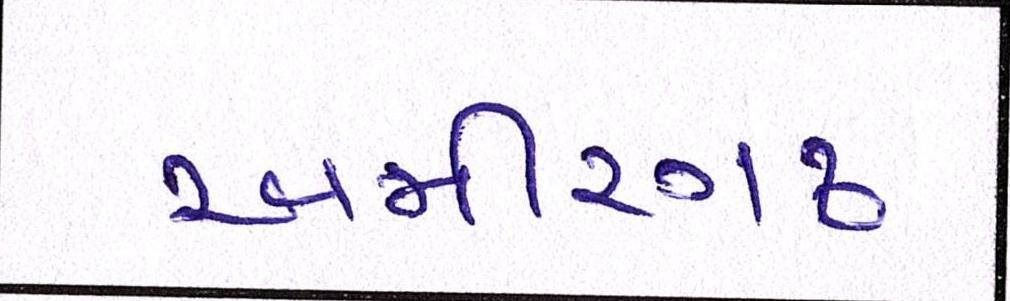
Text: અમીરગઢ